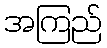
အကြည်